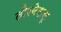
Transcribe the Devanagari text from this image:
तोरबेरालू